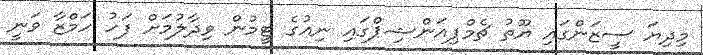
މިދިޔަ ސީޒަންގައި ޔޫތު ޗެމްޕިއަންޝިޕްގައި ނިއުގެ ޓީމުން ވިދާލުމަށް ފަހު ހަމްޒާ ވަނީ